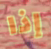
إذا